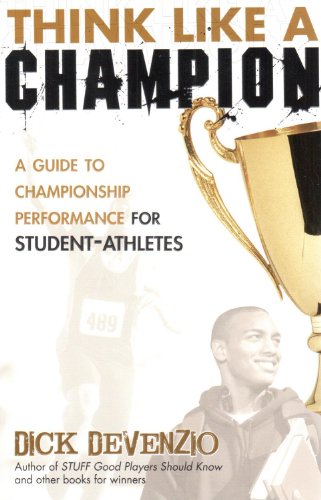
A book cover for Think Like A Champion: A Guide to Championship Performance for Student-Athletes; Dick DeVenzio; Sports & Outdoors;